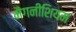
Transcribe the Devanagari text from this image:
मैंगनीशियम